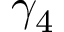
\gamma _ { 4 }